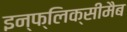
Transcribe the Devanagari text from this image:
इन्फ्लिक्सीमैब